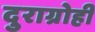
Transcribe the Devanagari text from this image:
दुराग्रोही